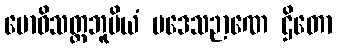
ဗောဓိသတ္တဘူမိယံ ပဒေသဉာဏေ ဌိတော